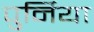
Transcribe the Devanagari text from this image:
पुर्निया